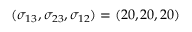
( \sigma _ { 1 3 } , \sigma _ { 2 3 } , \sigma _ { 1 2 } ) = ( 2 0 , 2 0 , 2 0 )